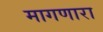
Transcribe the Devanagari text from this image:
मागणारा